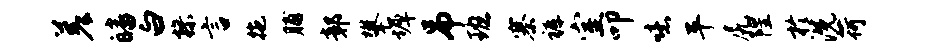
差皤白操言拖脯鄣攀墀吊班寨裤室叩噫平尻隍於洗荷